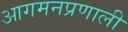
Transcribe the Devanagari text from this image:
आगमनप्रणाली